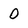
Character: 0